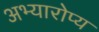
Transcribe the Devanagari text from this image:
अभ्यारोप्य